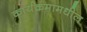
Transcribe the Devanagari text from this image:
कार्यक्रमामधील